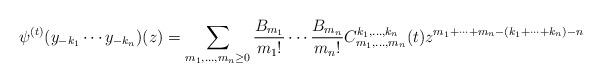
LaTeX: \begin{align*} \psi^{(t)}(y_{-k_1}\cdots y_{-k_n})(z) = \sum_{m_1,\ldots,m_n\geq 0}\frac{B_{m_1}}{m_1!} \cdots \frac{B_{m_n}}{m_n!} C^{k_1,\ldots,k_n}_{m_1,\ldots,m_n}(t) z^{m_1+\cdots+m_n-(k_1+\cdots+k_n)-n} \end{align*}